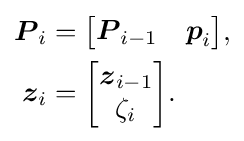
{\begin{aligned}{\boldsymbol {P}}_{i}&={\begin{bmatrix}{\boldsymbol {P}}_{i-1}&{\boldsymbol {p}}_{i}\end{bmatrix}}{\text{,}}\\{\boldsymbol {z}}_{i}&={\begin{bmatrix}{\boldsymbol {z}}_{i-1}\\\zeta _{i}\end{bmatrix}}{\text{.}}\end{aligned}}